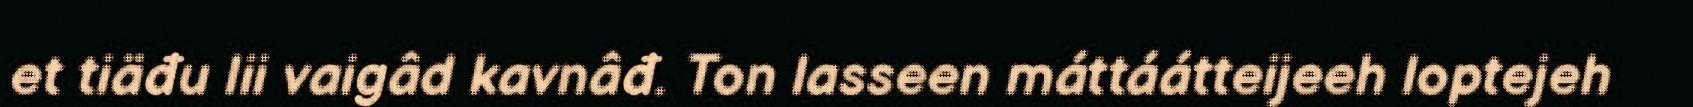
et tiäđu lii vaigâd kavnâđ. Ton lasseen máttáátteijeeh loptejeh